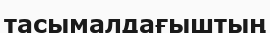
тасымалдағыштың